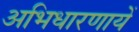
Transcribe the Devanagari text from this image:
अभिधारणायें